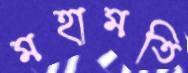
মহামতি